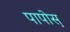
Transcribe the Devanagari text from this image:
पापोस़